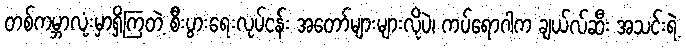
တစ်ကမ္ဘာလုံးမှာရှိကြတဲ့ စီးပွားရေးလုပ်ငန်း အတော်များများလိုပဲ၊ ကပ်ရောဂါက ချယ်လ်ဆီး အသင်းရဲ့